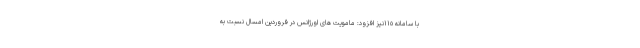
با سامانه ١١٥نیز افزود: مامویت های اورژانس در فروردین امسال نسبت به